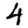
Digit: 4